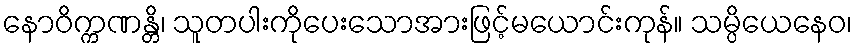
နောဝိက္ကဏန္တိ၊ သူတပါးကိုပေးသောအားဖြင့်မယောင်းကုန်။ သမ္ပိယေနေဝ၊